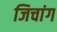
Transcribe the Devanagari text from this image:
जिचांग